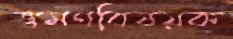
ভ্রমণবিষয়ক